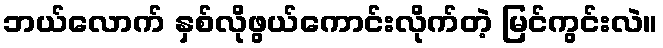
ဘယ်လောက် နှစ်လိုဖွယ်ကောင်းလိုက်တဲ့ မြင်ကွင်းလဲ။